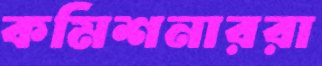
কমিশনাররা